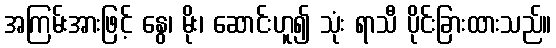
အကြမ်းအားဖြင့် နွေ၊ မိုး၊ ဆောင်းဟူ၍ သုံး ရာသီ ပိုင်းခြားထားသည်။